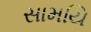
સામયિ